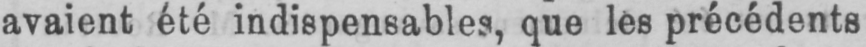
avaient été indispensables, que lès précédents